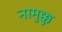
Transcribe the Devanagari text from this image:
नामुक्कु